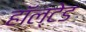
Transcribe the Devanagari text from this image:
हॉल्टेड